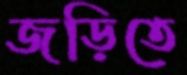
জড়িতে